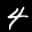
Label: 4